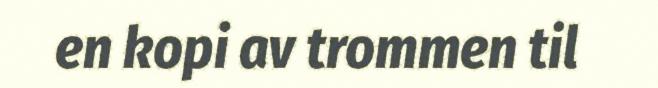
en kopi av trommen til